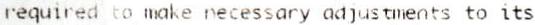
REQUIRED TO MAKE NECESSARY ADJUSTMENTS TO ITS